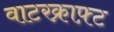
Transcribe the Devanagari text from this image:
वाटरक्राफ़्ट